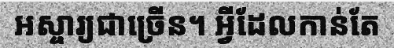
អស្ចារ្យជាច្រើន។ អ្វីដែលកាន់តែ